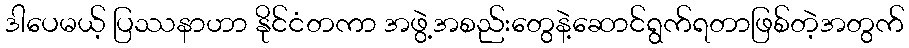
ဒါပေမယ့် ပြဿနာဟာ နိုင်ငံတကာ အဖွဲ့အစည်းတွေနဲ့ဆောင်ရွက်ရတာဖြစ်တဲ့အတွက်